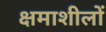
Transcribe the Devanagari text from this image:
क्षमाशीलों